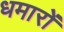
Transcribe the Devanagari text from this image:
धमारों